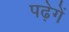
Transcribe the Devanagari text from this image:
पढ़ेगें